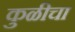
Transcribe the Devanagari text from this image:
कुळीचा